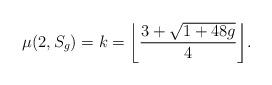
LaTeX: \begin{align*}\mu(2,S_g)=k=\biggl\lfloor {3+\sqrt{1+48g}\over 4}\biggr\rfloor.\end{align*}